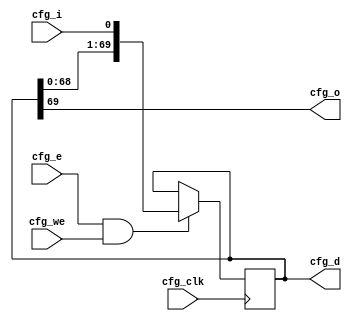
// Automatically generated by PRGA's RTL generator
module cfg_bitchain70 (
    input wire [0:0] cfg_clk,
    input wire [0:0] cfg_e,
    input wire [0:0] cfg_we,
    input wire [0:0] cfg_i,
    output reg [0:0] cfg_o,
    output reg [69:0] cfg_d
    );

    // combinational outputs
    always @* begin
        cfg_o = cfg_d[69];
    end

    always @(posedge cfg_clk) begin
        if (cfg_e && cfg_we) begin
            cfg_d <= {cfg_d, cfg_i};
        end
    end

endmodule